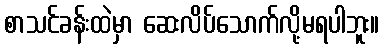
စာသင်ခန်းထဲမှာ ဆေးလိပ်သောက်လို့မရပါဘူး။